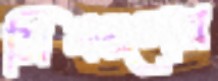
সিমগুলোর